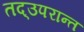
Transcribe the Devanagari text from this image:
तद्उपरान्त